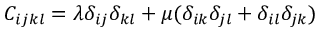
C _ { i j k l } = \lambda \delta _ { i j } \delta _ { k l } + \mu ( \delta _ { i k } \delta _ { j l } + \delta _ { i l } \delta _ { j k } )